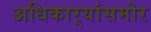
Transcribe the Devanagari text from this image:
अधिकार्‍यांसमोर